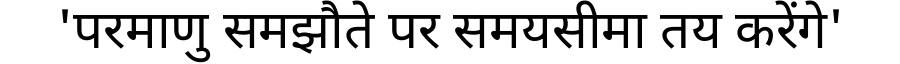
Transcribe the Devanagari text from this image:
'परमाणु समझौते पर समयसीमा तय करेंगे'